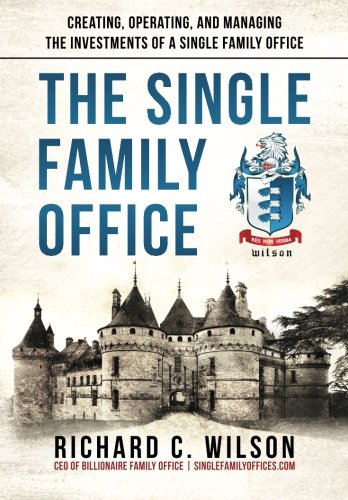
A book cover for The Single Family Office: Creating, Operating & Managing Investments of a Single Family Office; Richard C. Wilson; Business & Money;